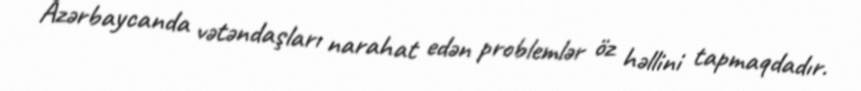
Azərbaycanda vətəndaşları narahat edən problemlər öz həllini tapmaqdadır.